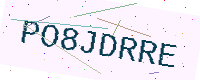
Text: PO8JDRRE